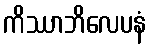
ကိဿာဘိလေပနံ